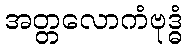
အတ္တလောကံဗုဒ္ဓံ